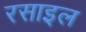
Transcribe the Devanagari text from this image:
रसाइल